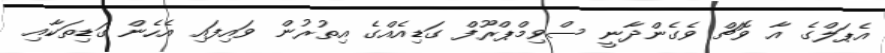
އެޕަލްގެ އާ ވޮޗް ވެގެންދާނީ ސްވިމްޕްރޫފް ގަޑިއެއްގެ އިތުރުން ވައިފައި އެހެން ގަޑިތަކާއި